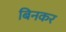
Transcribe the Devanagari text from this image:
बिनकर